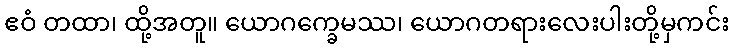
ဧဝံ တထာ၊ ထို့အတူ။ ယောဂက္ခေမဿ၊ ယောဂတရားလေးပါးတို့မှကင်း